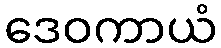
ဒေဝကာယံ